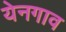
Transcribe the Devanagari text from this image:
येनगाव